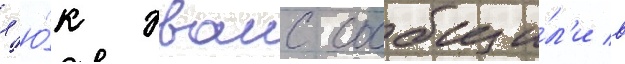
л'ю́к эванс сообщи́л'и в